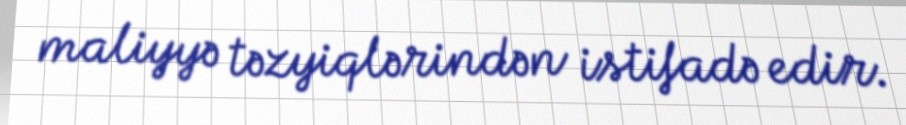
maliyyə təzyiqlərindən istifadə edir.